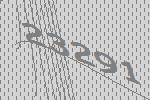
23291